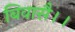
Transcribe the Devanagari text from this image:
बिवासै।।